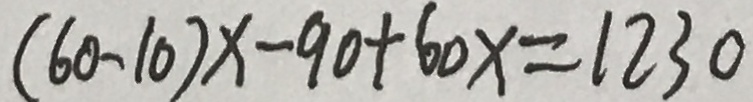
( 6 0 - 1 0 ) x - 9 0 + 6 0 x = 1 2 3 0